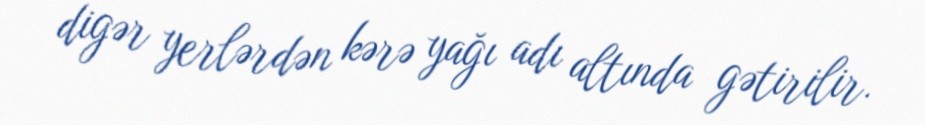
digər yerlərdən kərə yağı adı altında gətirilir.